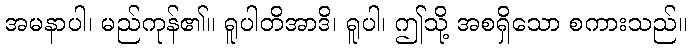
အမနာပါ၊ မည်ကုန်၏။ ရူပါတိအာဒိ၊ ရူပါ၊ ဤသို့ အစရှိသော စကားသည်။